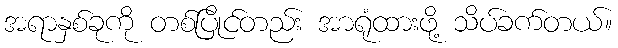
အရာနှစ်ခုကို တစ်ပြိုင်တည်း အာရုံထားဖို့ သိပ်ခက်တယ်။